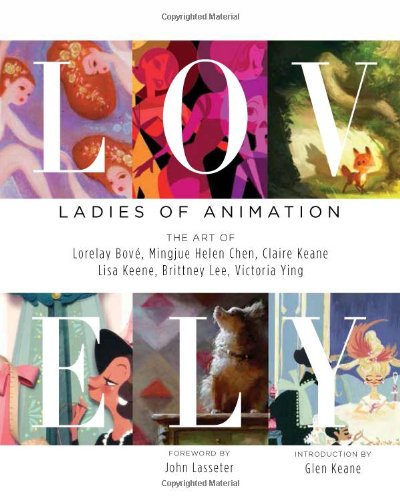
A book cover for LOVELY: LADIES OF ANIMATION: THE ART OF Lorelay Bove, Brittney Lee, Claire Keane, Lisa Keene, Victoria Ying and Helen Chen; Lorelay Bove; Arts & Photography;